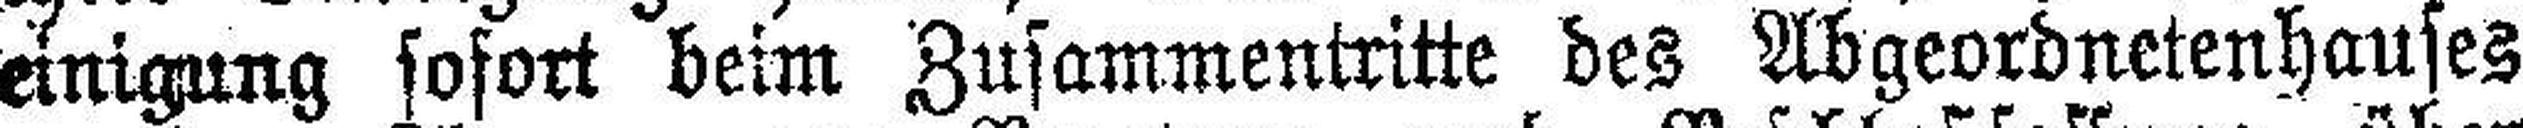
einigung sofort beim Zusammentritte des Abgeordnetenhauses